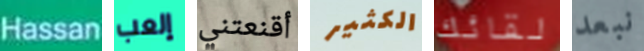
Hassan إلعب أقنعتني الكثير لقائك نبعد